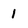
Character: 1